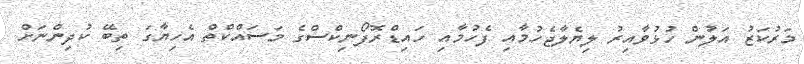
މަރުކަޒު އަލުން ހުޅުވާއިރު ލިޔެލާޖެހުމާއި ފެހުމާއި ހައިޑްރޮފޯނިކްސްގެ މަސައްކްތް އެހިޔާގަ ތިބޭ ކުދިންނަށް